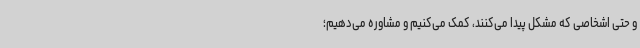
و حتی اشخاصی که مشکل پیدا می‌کنند، کمک می‌کنیم و مشاوره می‌دهیم؛